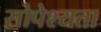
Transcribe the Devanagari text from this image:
सोपेश्यता